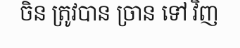
ចិន ត្រូវបាន ច្រាន ទៅ វិញ